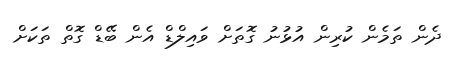
ދެން ތަމެން ކުރިން އުޅުނު ގޮތަށް ވައިލްޑް އެން ބޭޑް ގޮތް ތަަކަށް